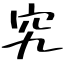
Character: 究